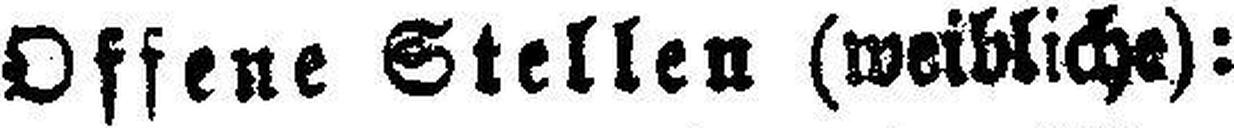
Offene Stellen (weibliche):